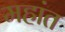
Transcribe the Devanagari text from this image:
महांत